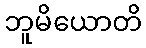
ဘူမိယောတိ